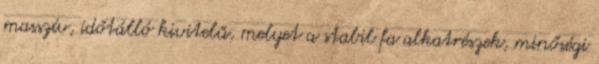
masszív, időtálló kivitelű, melyet a stabil fa alkatrészek, minőségi